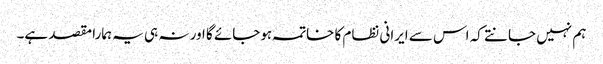
ہم نہیں جانتے کہ اس سے ایرانی نظام کا خاتمہ ہوجائے گا اور نہ ہی یہ ہمارا مقصد ہے۔